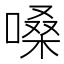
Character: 嗓